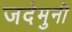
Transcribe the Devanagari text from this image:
जदेमुनी